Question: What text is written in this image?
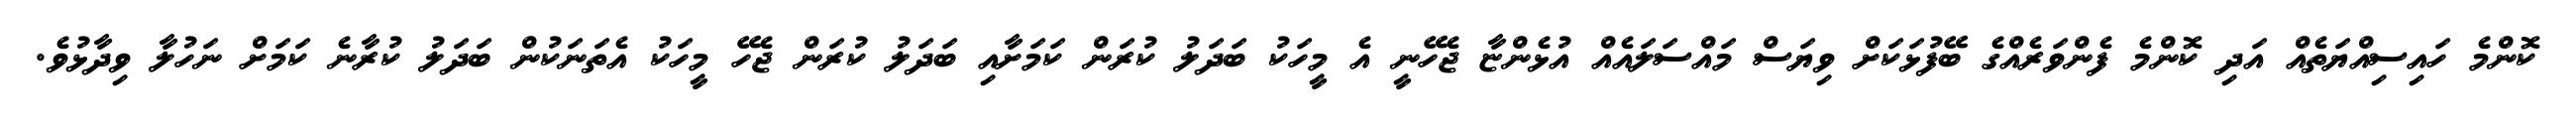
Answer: ކޮންމެ ހައިސިއްޔަތެއް އަދި ކޮންމެ ފެންވަރެއްގެ ބޭފުޅަކަށް ވިޔަސް މައްސަލައެއް އުޅެންޏާ ޖެހޭނީ އެ މީހަކު ބަދަލު ކުރަން ކަމަށާއި ބަދަލު ކުރަން ޖެހޭ މީހަކު އެތަނަކުން ބަދަލު ކުރާނެ ކަމަށް ނަހުލާ ވިދާޅުވެ.